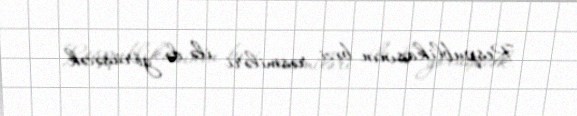
Respublikasının bəzi rəsmiləri ilə də görüşəcək.